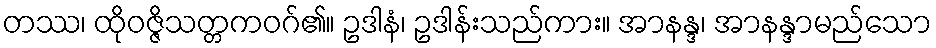
တဿ၊ ထိုဝဇ္ဇိသတ္တကဝဂ်၏။ ဥဒါနံ၊ ဥဒါန်းသည်ကား။ အာနန္ဒ၊ အာနန္ဒာမည်သော